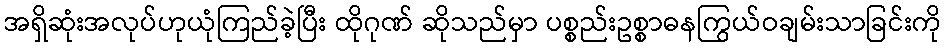
အရှိဆုံးအလုပ်ဟုယုံကြည်ခဲ့ပြီး ထိုဂုဏ် ဆိုသည်မှာ ပစ္စည်းဥစ္စာဓနကြွယ်ဝချမ်းသာခြင်းကို